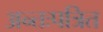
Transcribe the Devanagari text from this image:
अन्तःपत्रित